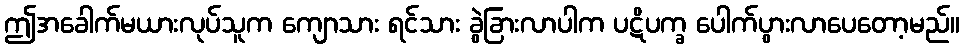
ဤအခေါက်မယားလုပ်သူက ကျောသား ရင်သား ခွဲခြားလာပါက ပဋိပက္ခ ပေါက်ပွားလာပေတော့မည်။